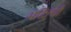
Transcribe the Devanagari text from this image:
भक्षियों